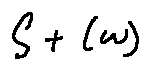
S + ( w )